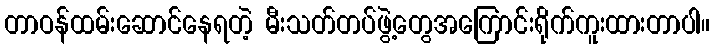
တာဝန်ထမ်းဆောင်နေရတဲ့ မီးသတ်တပ်ဖွဲ့တွေအကြောင်းရိုက်ကူးထားတာပါ။